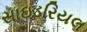
સાઇડરિયલ